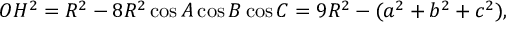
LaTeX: O H ^ { 2 } = R ^ { 2 } - 8 R ^ { 2 } \cos A \cos B \cos C = 9 R ^ { 2 } - ( a ^ { 2 } + b ^ { 2 } + c ^ { 2 } ) ,